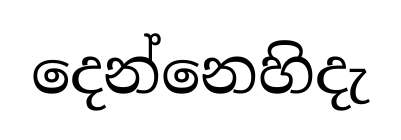
දෙන්නෙහිදැ